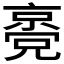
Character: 𠆃